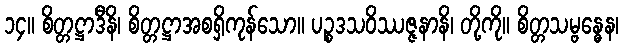
၁၄။ စိတ္တဋ္ဌာဒီနိ၊ စိတ္တဋ္ဌာအစရှိကုန်သော။ ပဉ္စဒသဝိဿဇ္ဇနာနိ၊ တို့ကို။ စိတ္တသမ္ဗန္ဓေန၊